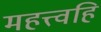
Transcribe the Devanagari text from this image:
महत्त्वहि